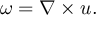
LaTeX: { \boldsymbol { \omega } } = \nabla \times { \boldsymbol { u } } .